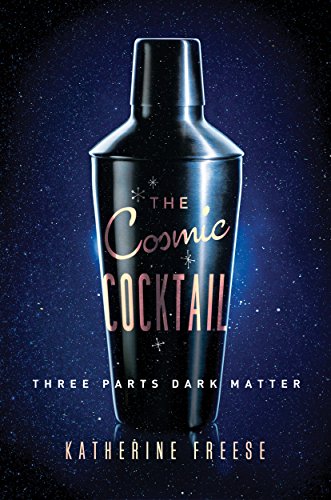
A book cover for The Cosmic Cocktail: Three Parts Dark Matter (Science Essentials); Katherine Freese; Science & Math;